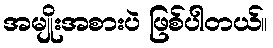
အမျိုးအစားပဲ ဖြစ်ပါတယ်။